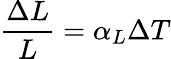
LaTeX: {\frac{\Delta L}{L}}=\alpha_{L}\Delta T